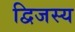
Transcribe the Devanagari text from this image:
द्विजस्य